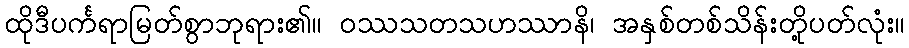
ထိုဒီပင်္ကရာမြတ်စွာဘုရား၏။ ဝဿသတသဟဿာနိ၊ အနှစ်တစ်သိန်းတို့ပတ်လုံး။